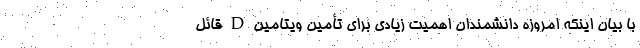
با بیان اینکه امروزه دانشمندان اهمیت زیادی برای تأمین ویتامین D قائل